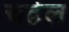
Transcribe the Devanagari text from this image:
चढेल